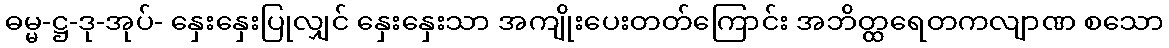
ဓမ္မ-ဋ္ဌ-ဒု-အုပ်- နှေးနှေးပြုလျှင် နှေးနှေးသာ အကျိုးပေးတတ်ကြောင်း အဘိတ္ထရေတကလျာဏ စသော